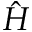
\hat { H }